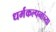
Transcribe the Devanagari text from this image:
धर्मकल्पनांच्या